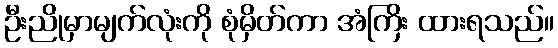
ဦးညိုမှာမျက်လုံးကို စုံမှိတ်ကာ အံကြိး ထားရသည်။